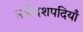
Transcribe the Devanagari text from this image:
त्रयोदशपदियाँ